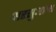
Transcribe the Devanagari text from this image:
अरसुआगा